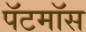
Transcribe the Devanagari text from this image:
पॅटमॉस